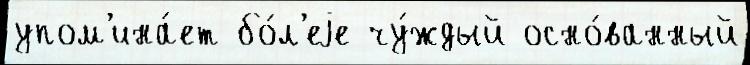
упом'ина́ет бо́л'еjе чу́ждый осно́ванный